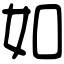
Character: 如